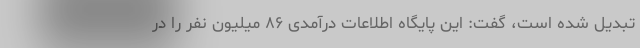
تبدیل شده است، گفت: این پایگاه اطلاعات درآمدی ۸۶ میلیون نفر را در